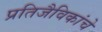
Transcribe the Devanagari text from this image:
प्रतिजैविकांचे